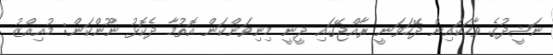
ނަޝީދުގެ ވާހަކައިން ދޭހަވަނީ ރާއްޖޭގައި ދީނީ މިނިވަންކަން އޮތުމާ ދެކޮޅު ނޫންކަން: މުއިއްޒު